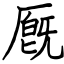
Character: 厩